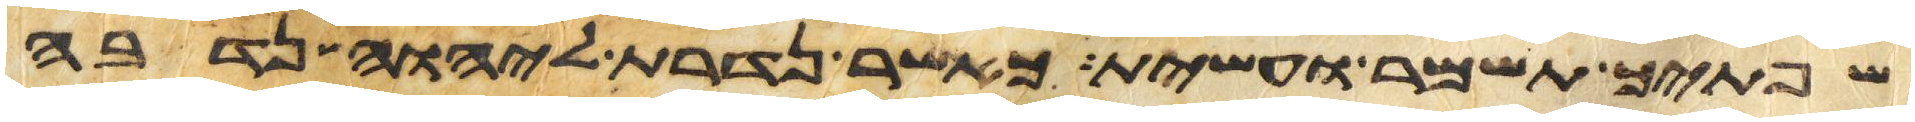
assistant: שפתיך תשמר ועשית כאשר נדרת ליהוה נדבה